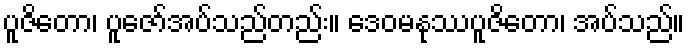
ပူဇိတော၊ ပူဇော်အပ်သည်တည်း။ ဒေဝမနုဿပူဇိတော၊ အပ်သည်။